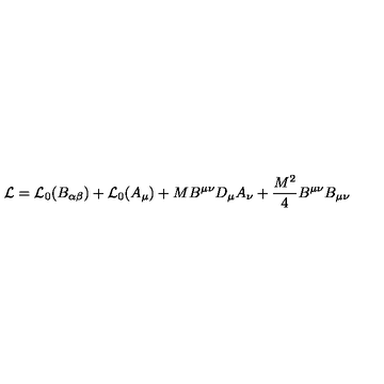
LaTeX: { \cal L } = { \cal L } _ { 0 } ( B _ { \alpha \beta } ) + { \cal L } _ { 0 } ( A _ { \mu } ) + M B ^ { \mu \nu } D _ { \mu } A _ { \nu } + \frac { M ^ { 2 } } { 4 } B ^ { \mu \nu } B _ { \mu \nu }